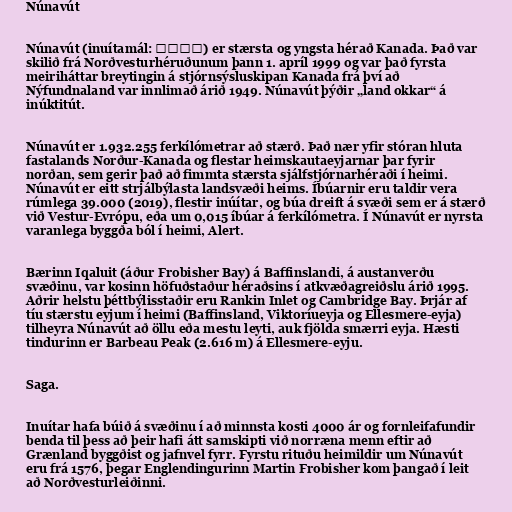
Núnavút

Núnavút (inuítamál: ᓄᓇᕗᑦ) er stærsta og yngsta hérað Kanada. Það var
skilið frá Norðvesturhéruðunum þann 1. apríl 1999 og var það fyrsta
meiriháttar breytingin á stjórnsýsluskipan Kanada frá því að
Nýfundnaland var innlimað árið 1949. Núnavút þýðir „land okkar“ á
inúktitút.

Núnavút er 1.932.255 ferkílómetrar að stærð. Það nær yfir stóran hluta
fastalands Norður-Kanada og flestar heimskautaeyjarnar þar fyrir
norðan, sem gerir það að fimmta stærsta sjálfstjórnarhéraði í heimi.
Núnavút er eitt strjálbýlasta landsvæði heims. Íbúarnir eru taldir vera
rúmlega 39.000 (2019), flestir inúítar, og búa dreift á svæði sem er á stærð
við Vestur-Evrópu, eða um 0,015 íbúar á ferkílómetra. Í Núnavút er nyrsta
varanlega byggða ból í heimi, Alert.

Bærinn Iqaluit (áður Frobisher Bay) á Baffinslandi, á austanverðu
svæðinu, var kosinn höfuðstaður héraðsins í atkvæðagreiðslu árið 1995.
Aðrir helstu þéttbýlisstaðir eru Rankin Inlet og Cambridge Bay. Þrjár af
tíu stærstu eyjum í heimi (Baffinsland, Viktoríueyja og Ellesmere-eyja)
tilheyra Núnavút að öllu eða mestu leyti, auk fjölda smærri eyja. Hæsti
tindurinn er Barbeau Peak (2.616 m) á Ellesmere-eyju.

Saga.

Inuítar hafa búið á svæðinu í að minnsta kosti 4000 ár og fornleifafundir
benda til þess að þeir hafi átt samskipti við norræna menn eftir að
Grænland byggðist og jafnvel fyrr. Fyrstu rituðu heimildir um Núnavút
eru frá 1576, þegar Englendingurinn Martin Frobisher kom þangað í leit
að Norðvesturleiðinni.